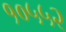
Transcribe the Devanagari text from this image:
१०५५२